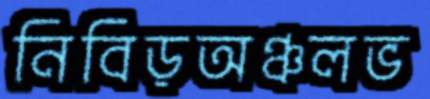
নিবিড়অঞ্চলভ